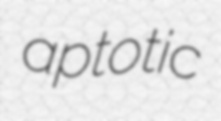
aptotic